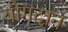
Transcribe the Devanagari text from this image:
यौगदान